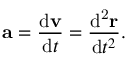
\mathbf { a } = { \frac { \mathrm { d } \mathbf { v } } { \mathrm { d } t } } = { \frac { \mathrm { d ^ { 2 } } \mathbf { r } } { \mathrm { d } t ^ { 2 } } } .